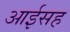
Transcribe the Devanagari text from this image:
आईसह